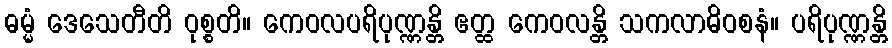
ဓမ္မံ ဒေသေတီတိ ဝုစ္စတိ။ ကေဝလပရိပုဏ္ဏန္တိ ဧတ္ထ ကေဝလန္တိ သကလာဓိဝစနံ။ ပရိပုဏ္ဏန္တိ